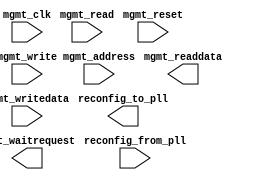
module pll_hdmi_reconfig #(
		parameter ENABLE_BYTEENABLE   = 0,
		parameter BYTEENABLE_WIDTH    = 4,
		parameter RECONFIG_ADDR_WIDTH = 9,
		parameter RECONFIG_DATA_WIDTH = 32,
		parameter reconf_width        = 64,
		parameter WAIT_FOR_LOCK       = 0
	) (
		input  wire        mgmt_clk,          //          mgmt_clk.clk
		input  wire        mgmt_reset,        //        mgmt_reset.reset
		output wire        mgmt_waitrequest,  // mgmt_avalon_slave.waitrequest
		input  wire        mgmt_read,         //                  .read
		input  wire        mgmt_write,        //                  .write
		output wire [31:0] mgmt_readdata,     //                  .readdata
		input  wire [8:0]  mgmt_address,      //                  .address
		input  wire [31:0] mgmt_writedata,    //                  .writedata
		output wire [63:0] reconfig_to_pll,   //   reconfig_to_pll.reconfig_to_pll
		input  wire [63:0] reconfig_from_pll  // reconfig_from_pll.reconfig_from_pll
	);
endmodule